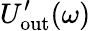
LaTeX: U_{\mathrm{out}}^{\prime}(\omega)